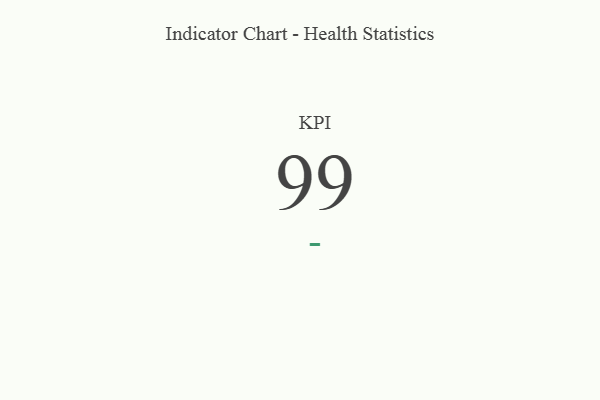
{"axis": {"x": "KPI", "y": "Value"}, "legend": [""], "data": [{"x": "KPI", "y": 99, "type": ""}]}